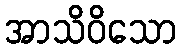
အာသိဝိသော